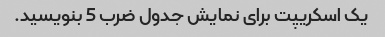
یک اسکریپت برای نمایش جدول ضرب 5 بنویسید.